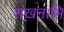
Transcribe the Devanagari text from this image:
शंखनाभि